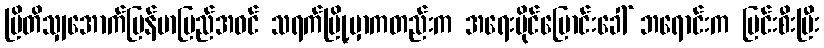
ဗြိတိသျှအောက်မြန်မာပြည်အဝင် သရက်မြို့မှာကတည်းက အရေးပိုင်ပြောင်းခေါ် ဘရောင်းက မြင်းစီးပြီး